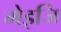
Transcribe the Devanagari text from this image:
मेइजि